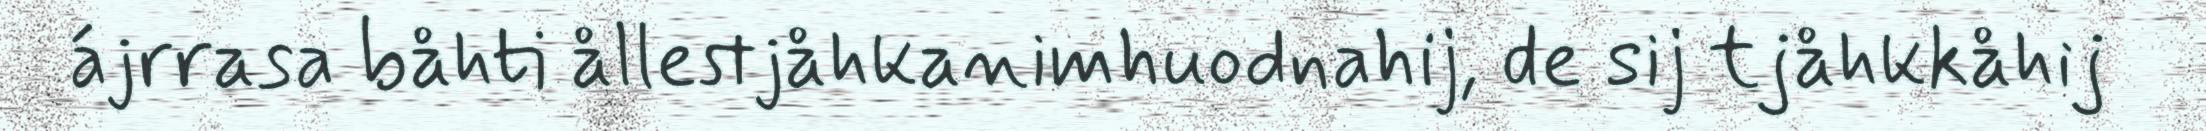
ájrrasa båhti ållestjåhkanimhuodnahij, de sij tjåhkkåhij